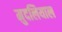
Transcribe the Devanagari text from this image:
मुदलियाल